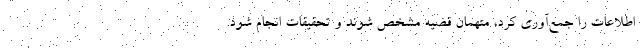
اطلاعات را جمع‌آوری کرد، متهمان قضیه مشخص شوند و تحقیقات انجام شود.